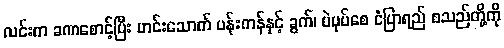
လင်းက ခဏစောင့်ပြီး ဟင်းသောက် ပန်းကန်နှင့် ခွက်၊ ပဲပုပ်စေ ငံပြာရည် စသည်တို့ကို